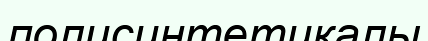
полисинтетикалы